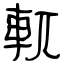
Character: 軏